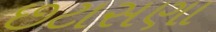
છટાસણા